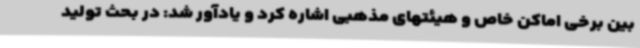
بین برخی اماکن خاص و هیئتهای مذهبی اشاره کرد و یادآور شد: در بحث تولید